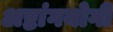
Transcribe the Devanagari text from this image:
अष्टांगयोगी